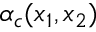
\alpha _ { c } ( x _ { 1 } , x _ { 2 } )